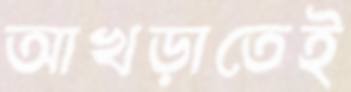
আখড়াতেই